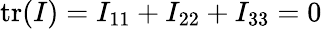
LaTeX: \mathrm{tr}({\mathbf\cal I})=I_{11}+I_{22}+I_{33}=0